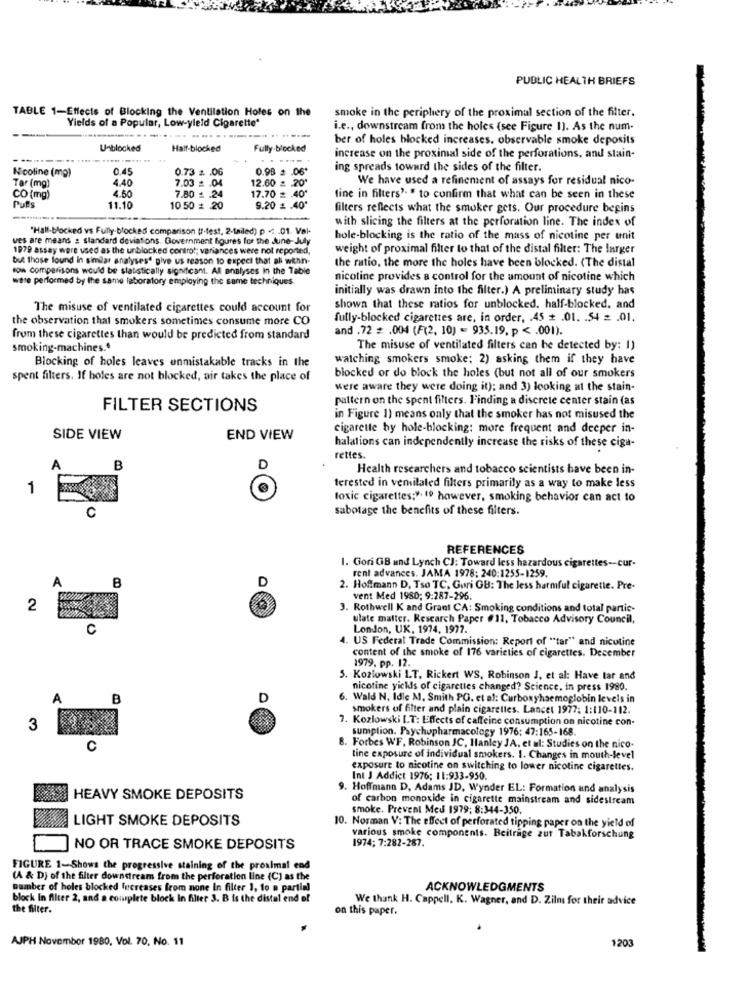
PUBLIC HEALTH BRIEFS
TABLE 1-Effects of Blocking the Ventilation Holes on the
Yields of a Popular, Low-yleld Cigarette'
smoke in the periphery of the proximal section of the filter.
i.e ., downstream from the holes (see Figure 1). As the num-
-------
ber of holes blocked increases. observable smoke deposits
Unblocked
Half-blocked
Fully.blocked
..... .
increase on the proximal side of the perforations, and stain-
Nicoline (mg)
0.45
0.73 = . 06
0.98 = . 06*
ing spreads toward the sides of the filter.
Tar (mg)
4.40
7.03 = . 04
We have used a refinement of assays for residual nico-
4.50
12.60 £ .20"
CO (mg)
Puls
7.80 £ .24
17.70 = . 40'
fine in filters' " to confirm that what can be seen in these
11.10
10 50 * . 20
9.20 = . 40'
filters reflects what the smoker gets. Our procedure begins
with slicing the filters at the perforation line. The index of
"Hall-blocked vs Fully blocked comparison (r-fest, 2-tailed) p <: . 01. Val-
ves are means : standard deviations. Government figures for the une-July
hole-blocking is the ratio of the mass of nicotine per unit
1979 assay were used as the unblocked control; variances were not reported,
weight of proximal filter to that of the distal filter: The larger
but Those found in similar analyses' give us reason to expect that all wehn-
row comparisons would be statistically significant. Al analyses In the Table
the ratio, the more the holes have been blocked. (The distal
were performed by the same laboratory employing the same techniques
nicotine provides a control for the amount of nicotine which
initially was drawn into the filter.) A preliminary study has
The misuse of ventilated cigarettes could account for
shown that these ratios for unblocked. half-blocked. and
the observation that smokers sometimes consume more CO
fully-blocked cigarettes are, in order, . 45 # .01. . 54 = . 01.
and .72 = . 004 (F(2, 10) = 935.19, p < . 001).
from these cigarettes than would be predicted from standard
smoking-machines.
The misuse of ventilated filters can be detected by: 1)
Blocking of holes leaves unmistakable tracks in the
watching smokers smoke; 2) asking them if they have
spent filters. If boles are not blocked, air takes the place of
blocked or do block the holes (but not all of our smokers
were aware they were doing it); and 3) looking at the stain-
pattern on the spent filters. Finding a discrete center stain (as
FILTER SECTIONS
in Figure 1) means only that the smoker has not misused the
cigarette by hole-blocking: more frequent and deeper in-
SIDE VIEW
END VIEW
halations can independently increase the risks of these ciga-
rettes.
B
D
Health researchers and tobacco scientists have been in-
terested in vemitated filters primarily as a way to make less
1
toxic cigarettes;". 19 however, smoking behavior can act to
C
sabotage the benefits of these filters.
REFERENCES
1. Gori GB und Lynch CJ: Toward less hazardous cigarettes-cur-
B
D
rent advances. JAMA 1978: 240:1255-1259.
A
2. Hoffmann D. Tso TC. Guri GB: The less harmful cigarette. Pre-
vent Med 1980; 9:287-296.
2
3. Rothwell K and Grant CA: Smoking conditions and total partic-
ulate matter. Research Paper #11, Tobacco Advisory Council,
C
London, UK, 1974, 1977.
4. US Federal Trade Commission: Report of "tar" and nicotine
content of the smoke of 176 varieties of cigarettes. December
1979, pp. 12.
3. Kozlowski LT. Rickert WS, Robinson J, et al: Have tar and
nicotine yields of cigarettes changed? Science, in press 1980.
B
D
6. Wald N. Idle M. Smith PG. et al: Curboxyhaemoglobin levels in
smokers of filter and plain cigarettes. Lancet 1977: 1:110-112.
7. Kozlowski I.T: Effects of caffeine consumption on nicotine con-
3
sumption. Psychopharmacology 1976: 47:165-168.
C
8. Forbes WF. Robinson JC. Hanley JA. et al: Studies on the nico.
tine exposure of individual smokers. 1. Changes in mouth-level
exposure to nicotine on switching to lower nicotine cigarettes.
Int J Addict 1976; 11:933-950.
. Hoffmann D. Adams JD, Wynder EL: Formation and analysis
HEAVY SMOKE DEPOSITS
of carbon monoxide in cigarette mainstream and sidestream
smoke. Prevent Med 1979; 8:344-350.
LIGHT SMOKE DEPOSITS
10. Norman V: The effect of perforated tipping paper on the yield of
various smoke components. Beiträge zur Tabakforschung
1974; 7:282-287.
NO OR TRACE SMOKE DEPOSITS
FIGURE 1-Shows the progressive staining of the proximal end
(A & D) of the filter downstream from the perforation line (C) as the
number of holes blocked Increases from none In filter 1, to » partial
ACKNOWLEDGMENTS
block In filter 2, and a complete block In filter 3. B is the distal end of
We thank H. Cappell, K. Wagner, and D. Zilms for their advice
the filter.
on this paper.
AJPH November 1980, Vol. 70, No. 11
1203